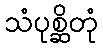
သံပုစ္ဆိတုံ